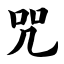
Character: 咒